Bréfritari: Jakobína Jónsdóttir
Viðtakandi: Sólveig Jónsdóttir
Dagsetning: A-1885-03-25
Skrifað á: Bessastöðum  Gull.
systir bréfviðtakanda

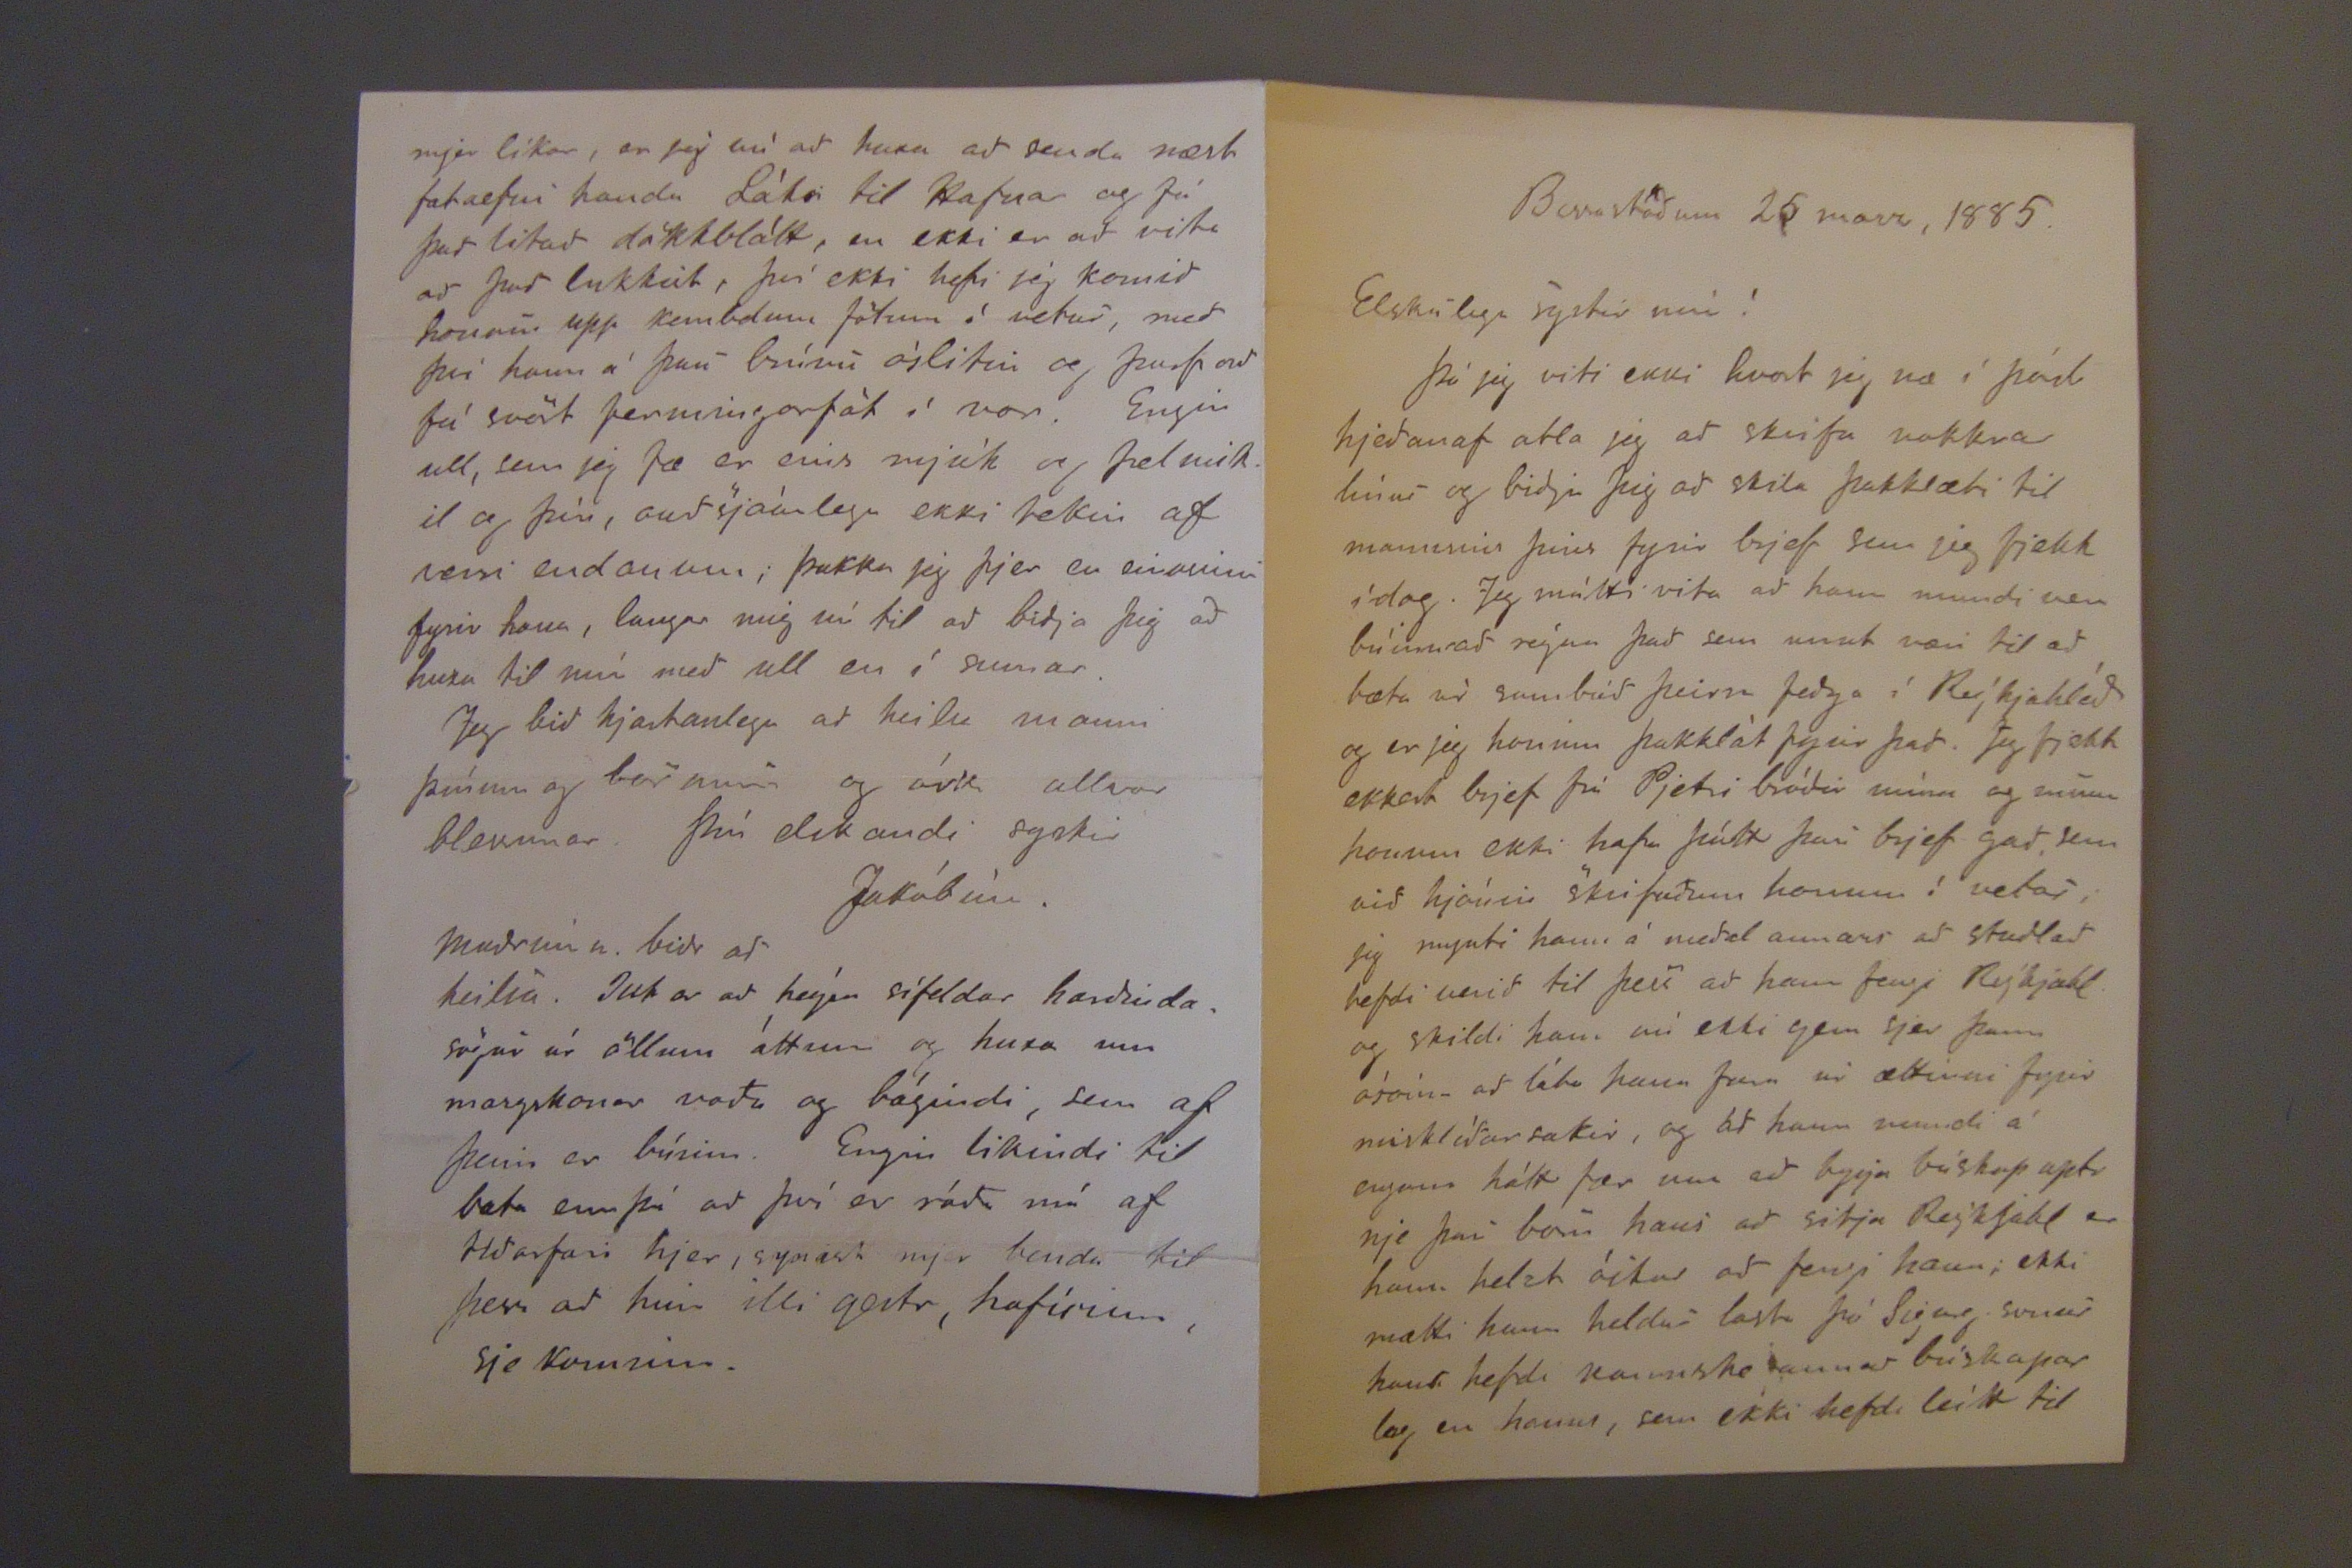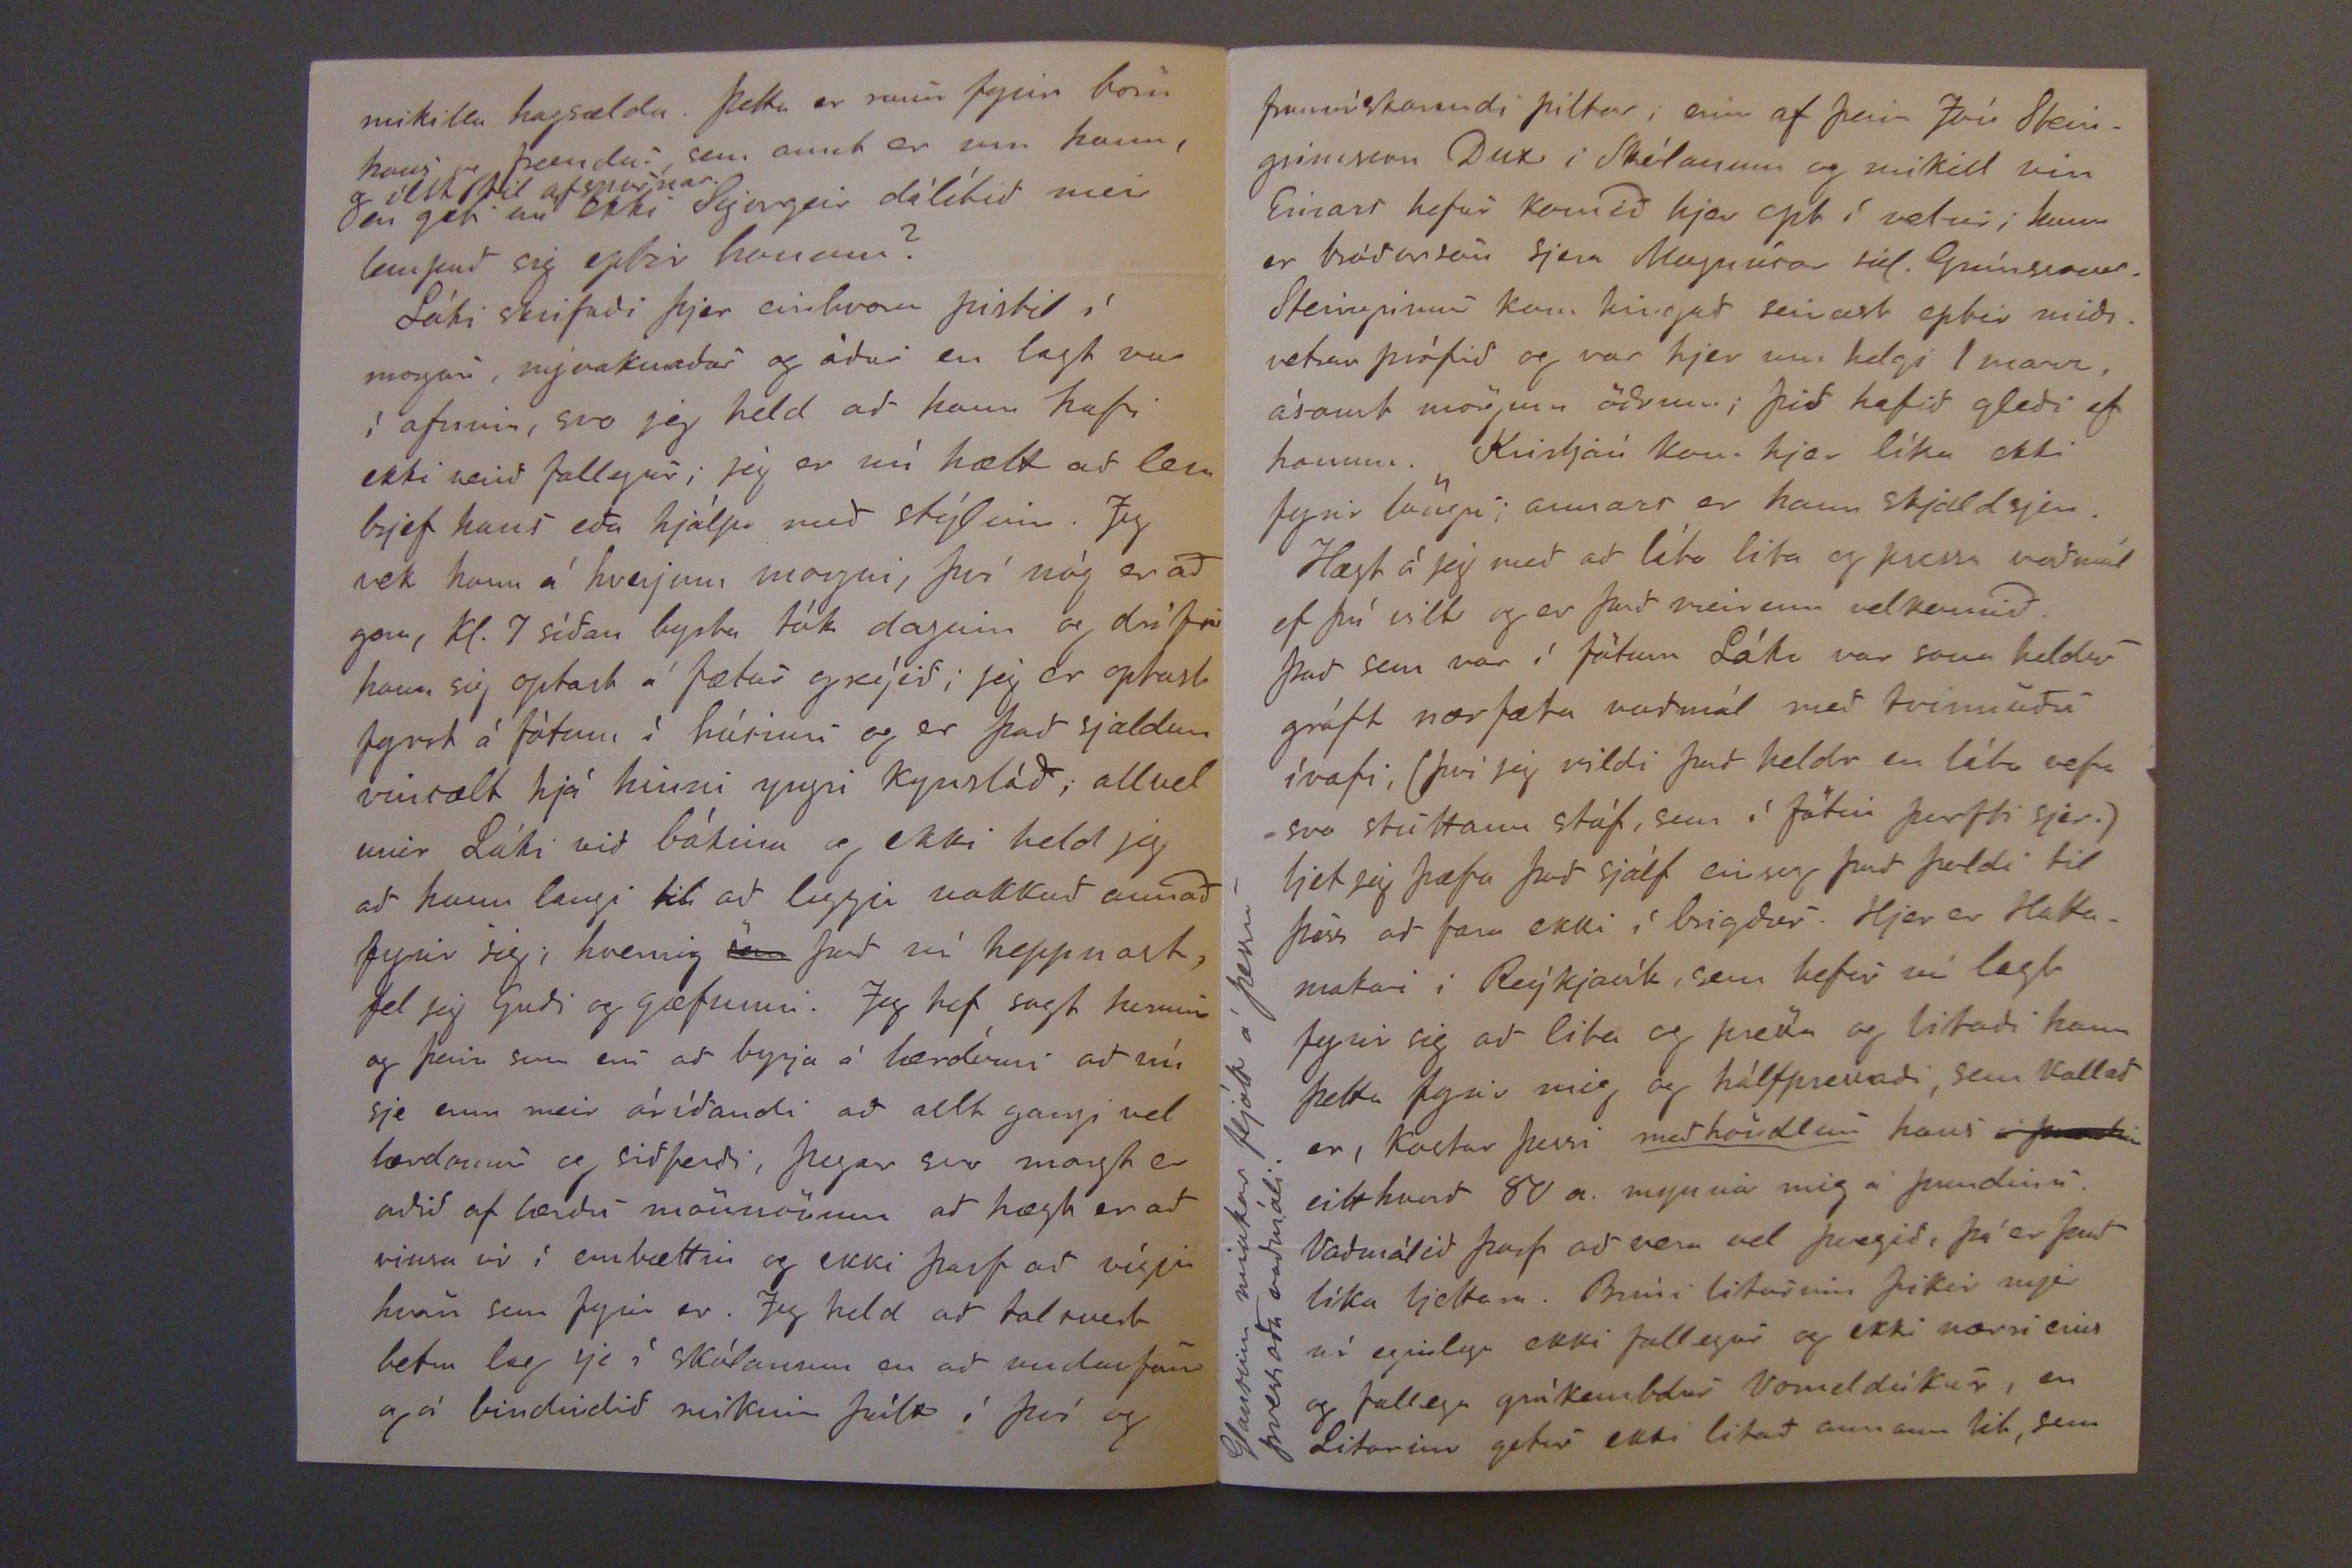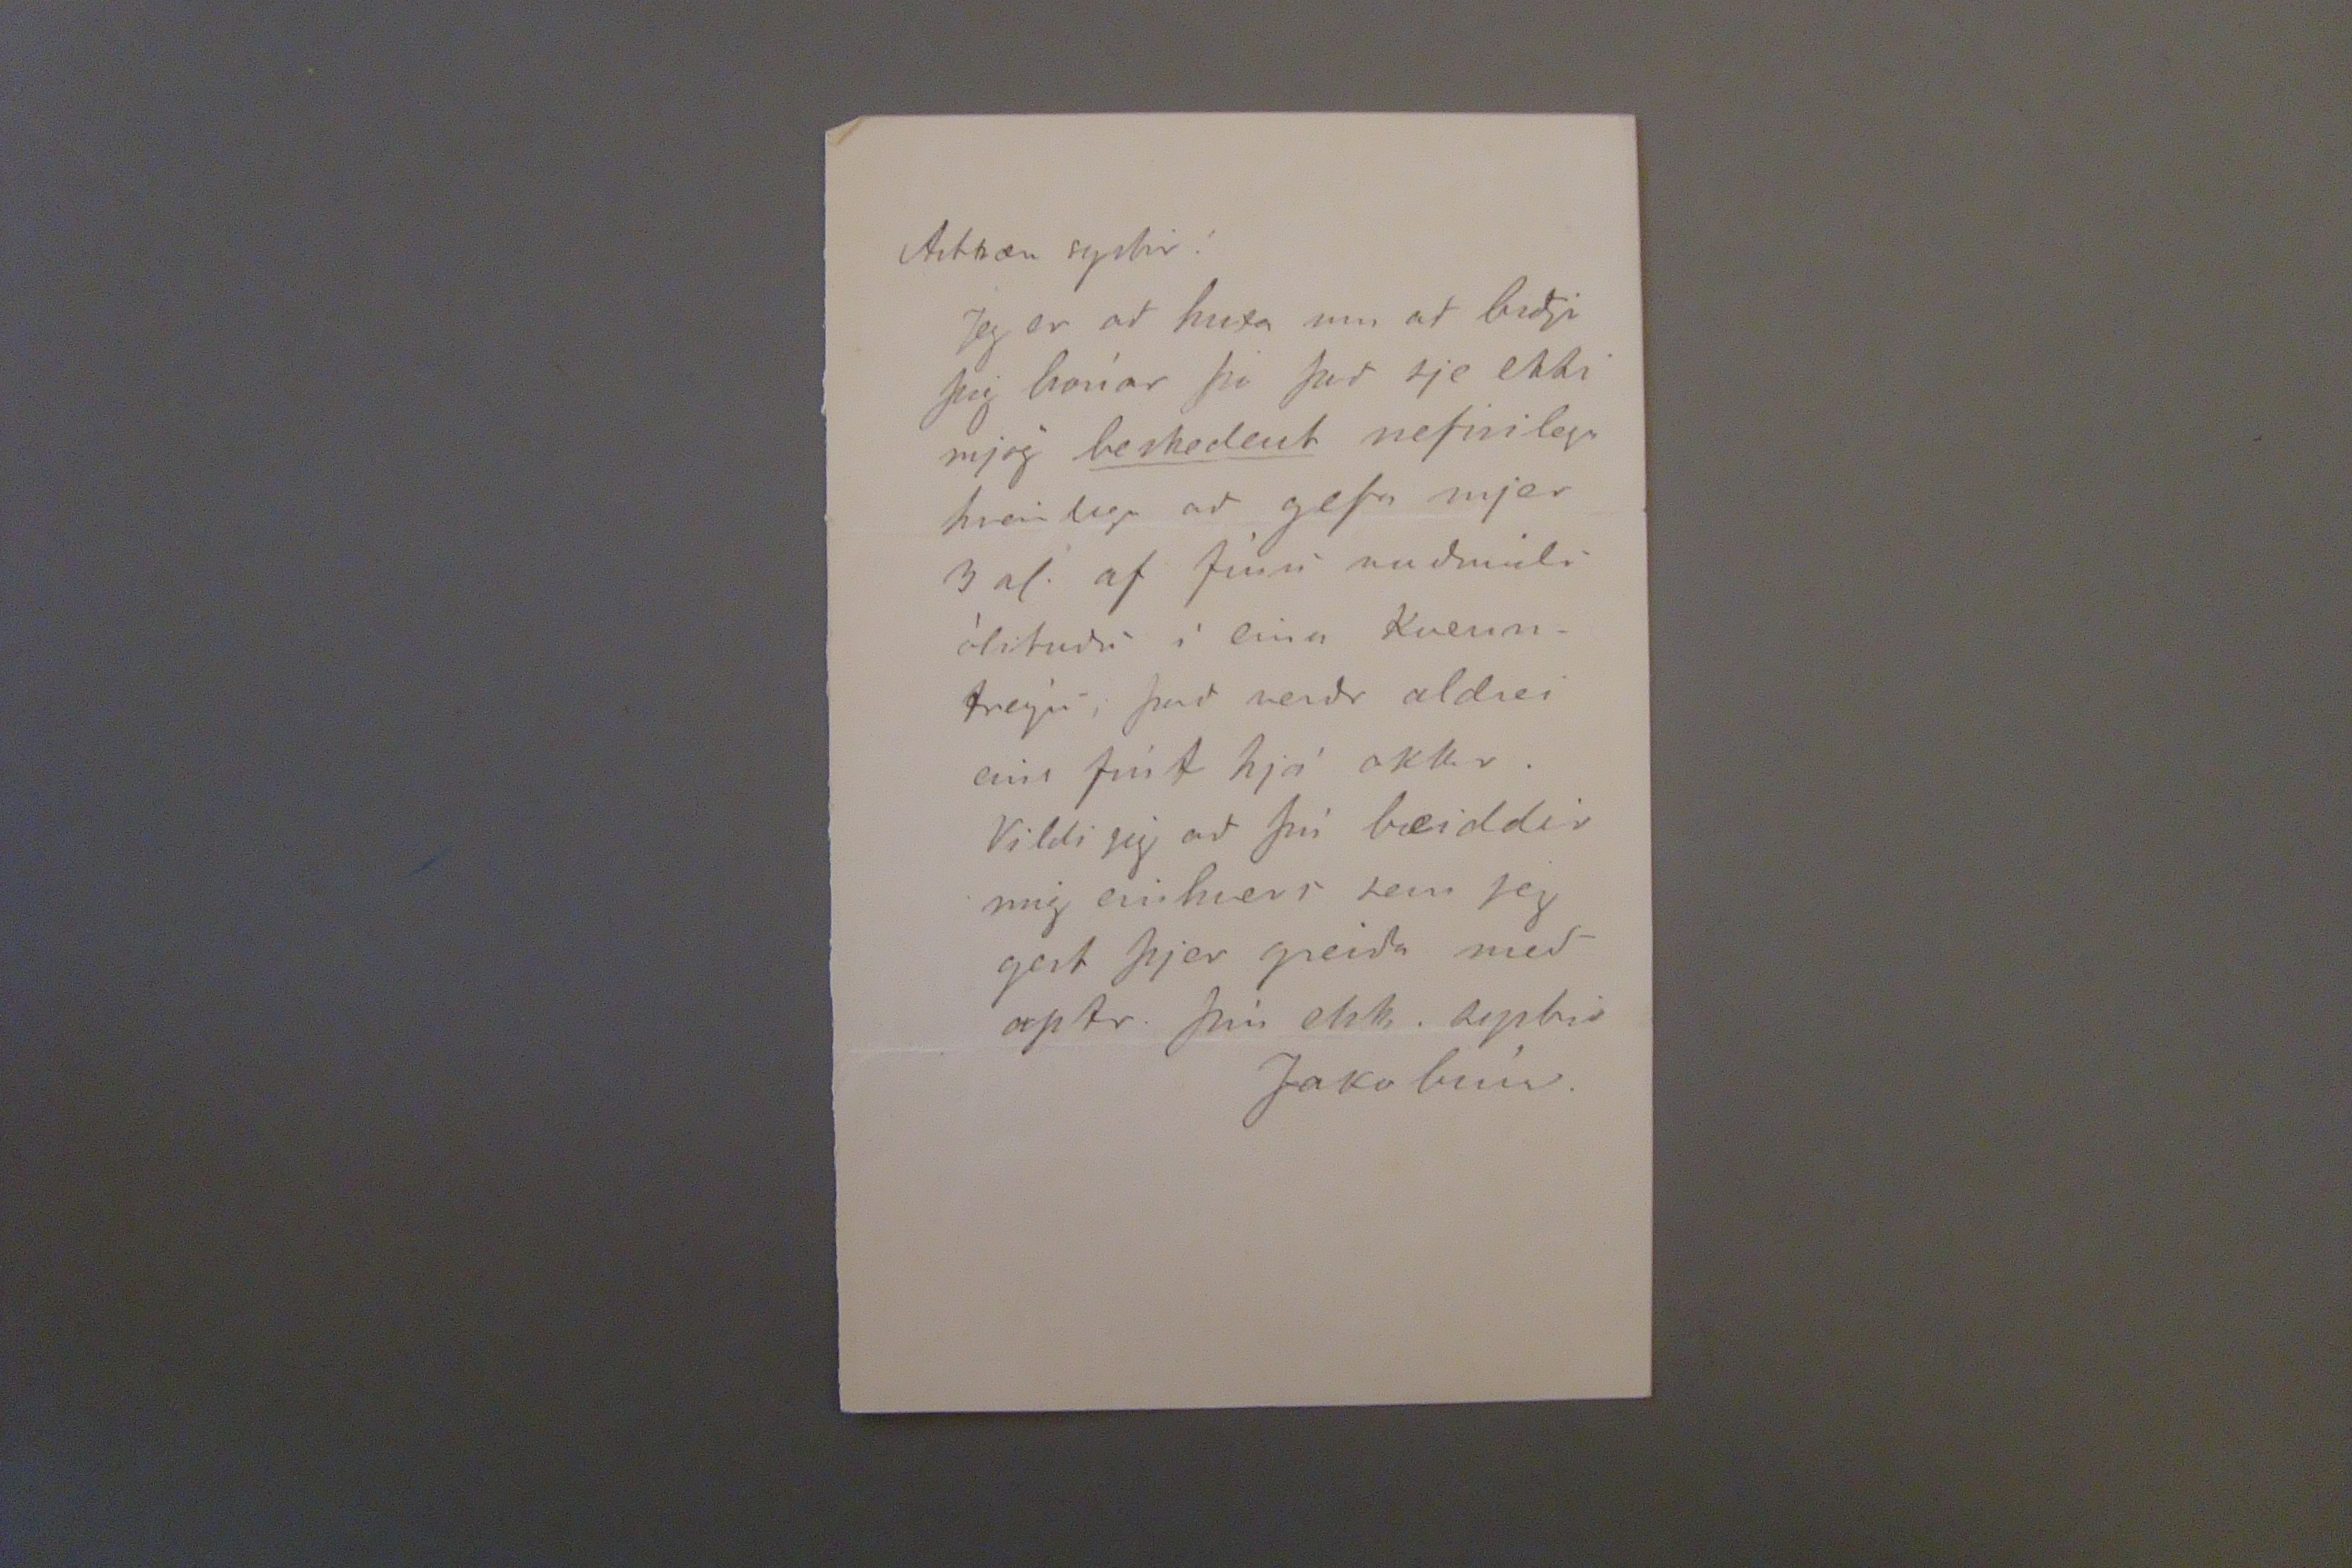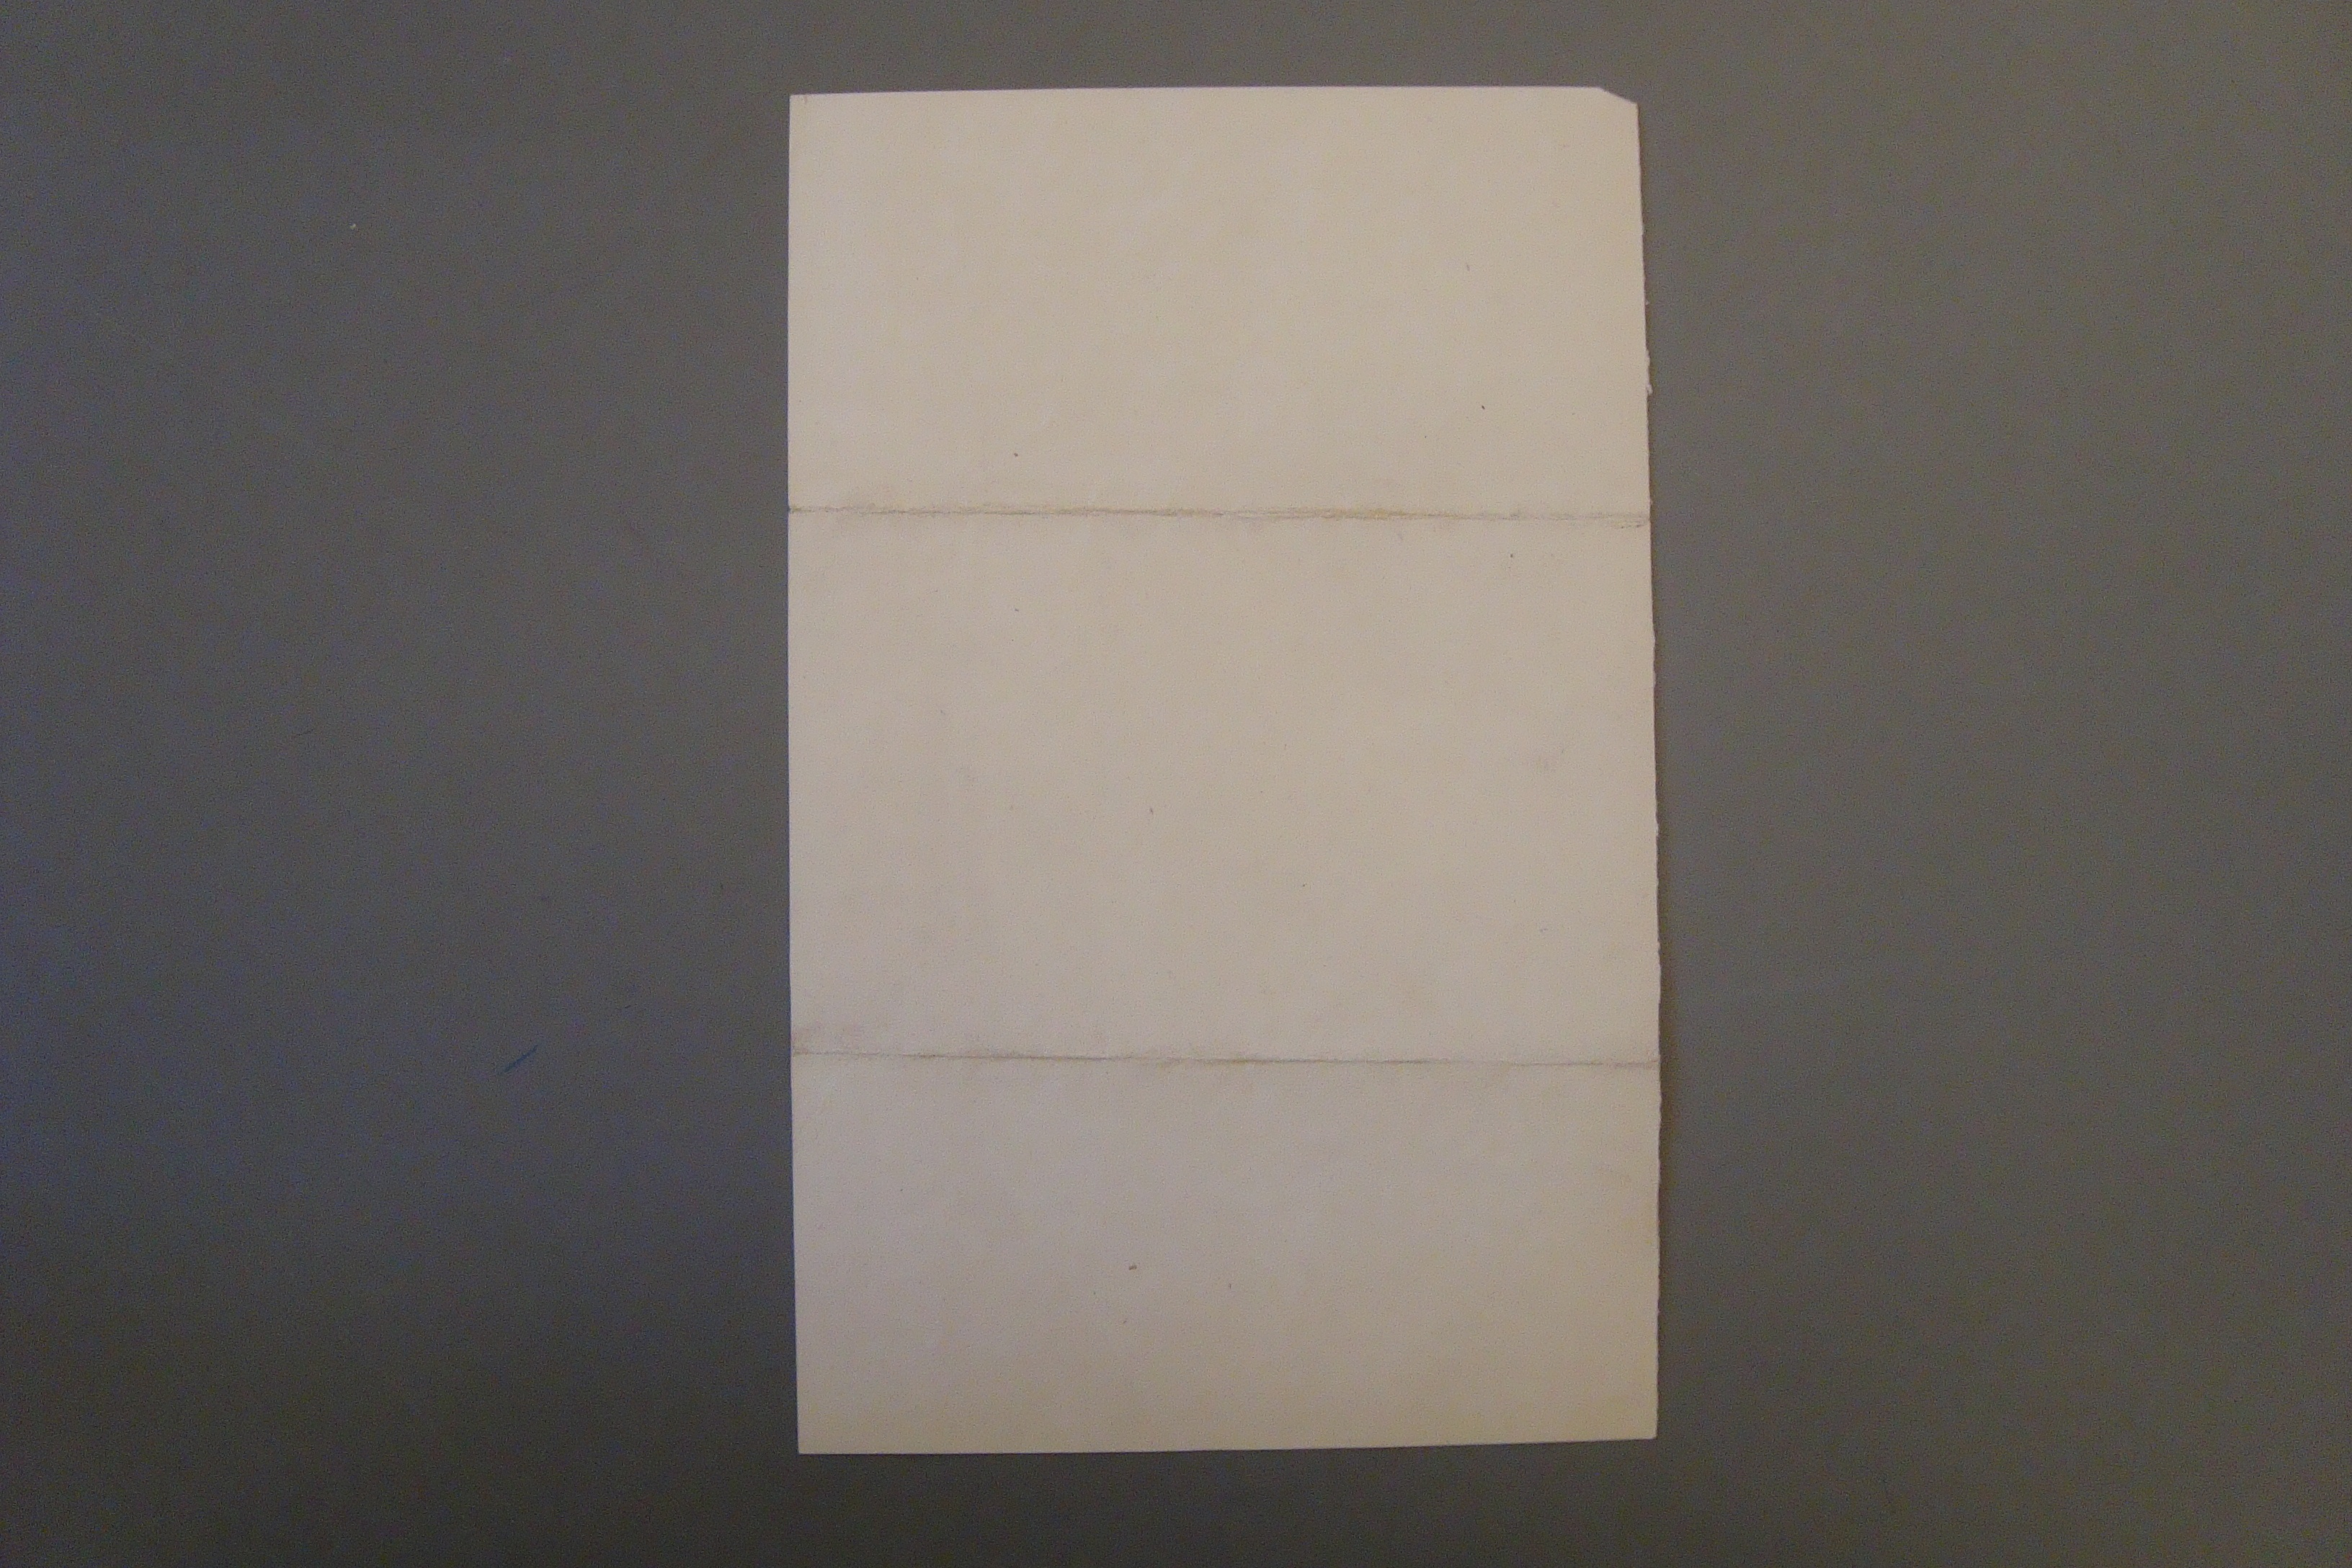

Bessastöðum 25 marz, 1885.
Elskulega systir mín!
Þó jeg viti ekki hvort jeg næ í póst hjeðanaf atla jeg að skrifa nokkrar línur og biðja þig að skila þakklæti til mannsins þins fyrir brjef sem jeg fjekk í dag. Jeg mátti vita að hann mundi vera búinnað reýna það sem unnt væri til að bæta úr sambúð þeirra feðga í Reýkjahlíð og er jeg honum þakklát fyrir það. Jeg fjekk ekkert brjef frá Pjetri bróðir mínu og muni honum ekki hafa þótt þau brjef goð, sem við hjónin skrifuðum honum í vetur; jeg mynti hann á meðal annars að stuðlað hefdi verið til þess að hann fengi Reýkjahl. og skildi hann nú ekki gera sjer þann ósóma að láta hana fara ur ættinni fyrir missklúðarsakir, og að hann mundi á engann hátt fær um að byrja búskap aptr njer þau börn hans að sitja Reýkjahl er hann helzt óskar að fengi hann; ekki mætti hann heldur lasta þó Sigurg. sonur hans hefdi kannske annar búskapar lag en hanns, sem ekki hefdi leítt til
mikilla hagsælda. Þetta er raun fyrir börn hans og frændur sem annt er um hann, g íllt til af sparnar.
en get nú ekki Sigurgeir dálítið meir lanpað sig eptir honum?
Láki skrifaði þjer einhvorn pistil í morgun, nývaknaður og áður en lagt var í afnum, svo jeg held að hann hafi ekki verið fallegur; jeg er nú hætt að lesa brjef hans eða hjálpa með stýllinn. Jeg vek hann á hverjum morgni, því nóg er að gera, Kl. 7 síðan byrta tók daginn og drifni hans sig optast á fætur greýið: jeg er optast fyrrst á fótum í búrinu og er það sjaldan vinsælt hjá hinni yngri kynslóð; allvel unir Láki við bátinn og ekki held jeg að hann langi til að leggja nokkuð annað fyrir sig; hvernig
sem
það sú heppnast, fel jeg Guði og gæfunni. Jeg hef sagt honum og þeir sem eru að byrja á lærdómi að nú sje enn meir áríðandi að allt gangi vel lærdómur og siðferði, þegar svo margt er aðið af lærðu mönnönum að hægt er að vinsa ur í embættin og ekki þarf að vísu hvau sem fyrir er. Jeg held að talsvert betra lag sje í skólanum en að undanfáu og á bindindið mikinn þátt í því og
mjer líkar, er jeg nú að huxa að senda næst fataefni handa Láka til Hafnar og fá það litað dökkblátt, en ekki er að vita að það lukkist, því ekki hefi jeg komið honum upp kembdum fötum í vetur, með því hann á þau brúnu óslitin og þurfi að fá svört fermingarföt í vor. Engin ull, sem jeg fæ er eins mjúk og þelmikil og þín, auðsjáanlega ekki tekur af verri endanum; þakka jeg þjer en einmini fyrir hana, langar mig nú til að biðja þig að huxa til mín með ull en í sumar.
Jeg bið hjartanlega að heilsa manni þínum og börnum og óska allrar blessunar. Þín elskandi systir
Jakóbína.
Madurinn biðr að heilsa. Illt er að heýra sífeldar harðindasögur úr öllum áttum og huxa um margskonar voða og bágindi, sem af þeim er búinn. Engin likindi til bata ennþá að því er ráða má af tíðarfari hjer, synast mjer benda til þess að hin illi gestr, hafísinn, sje kominn.
framúrskarandi piltar; enn af þeim Jón Steingrimsson Dux i skólanum og mikill vin Einars hefur komið hjer opt í vetur; hann er bróðurson sjera Magnúsar sál. Grímssonar. Steingrimur kom hingað seinast eptir miðsvetur prófið og var hjer um helgi 1 mann, ásamt mörgum öðrum; þið hafið gleði af honum. Kristján kom hjer líka ekki fyrir löngu, annars er hann shjaldsjer. Hægt á jeg með að líta lita og pressa vaðmál ef þú vilt og er það meirenn velkomið. Það sem var í fötum Láka var sona heldur gróft nærfæta vað mál með tvinnuðu ívafi, (því jeg vildi það heldr en láta vefa svo stuttann stúf, sem í fötin þurfti sjer.) ljet jeg þæfa það sjálf einsog það þoldi til þess að fara ekki í brigður. Hjer er Hattamakari i Reýkjavík, sem hefur ní lagt fyrir sig að lita og pressa og litaði hann þetta fyrir mig og hálfpressaði, sem kallað er, kostar þessi
meðhöndlun
hans
á prestu
eitthvað 80 a. mynnir mig a pundinu. Vaðmálið þarf að vera vel þvegið, þá er það líka ljettara. Brúni liturinn þikir mjer nú eginlega ekki fallegur og ekki nærri eins og fallega grákembdur Vomeldúkur, en Litarinn getir ekki litað annann lit, sem
Glautvin
minkar fljótt á þessu pressaðu vaðmálið.